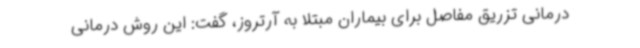
درمانی تزریق مفاصل برای بیماران مبتلا به آرتروز، گفت: این روش درمانی